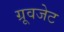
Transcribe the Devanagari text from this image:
ग्रूवजेट